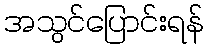
အသွင်ပြောင်းရန်